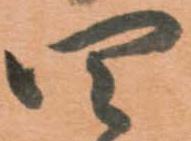
四